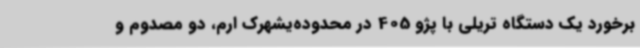
برخورد یک دستگاه تریلی با پژو 405 در محدوده‌یشهرک ارم، دو مصدوم و